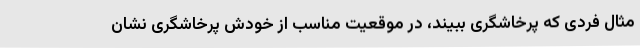
مثال فردی که پرخاشگری ببیند، در موقعیت مناسب از خودش پرخاشگری نشان